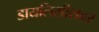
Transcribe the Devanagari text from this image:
डायलिसीसवर